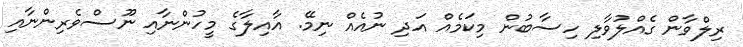
ރިލްވާން ގެއްލުވާލި ހިސާބުން މިކަމެއް އަދި ނުއެއް ނިމޭ. އާއިލާގެ މީހުންނާއި ނޫސްވެރިންނާއި